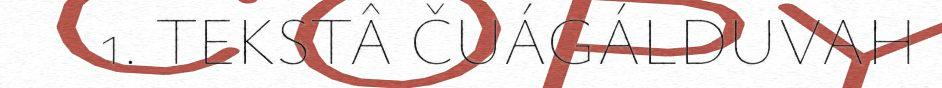
1. TEKSTÂ ČUÁGÁLDUVAH